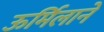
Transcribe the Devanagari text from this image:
ऊर्मिलाने